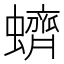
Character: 蠐